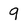
Character: q